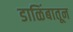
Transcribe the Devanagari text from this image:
डाळिंबातून